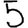
Digit: 5